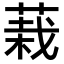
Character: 𮐅